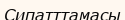
Сипатттамасы